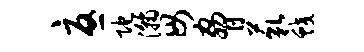
忧陀瀚毋胁藐蛟